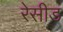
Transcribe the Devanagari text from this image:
रेसीड